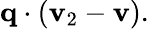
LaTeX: \mathbf{q}\cdot(\mathbf{v}_{2}-\mathbf{v}).